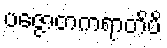
ပဇ္ဇောတကရာတိပိ